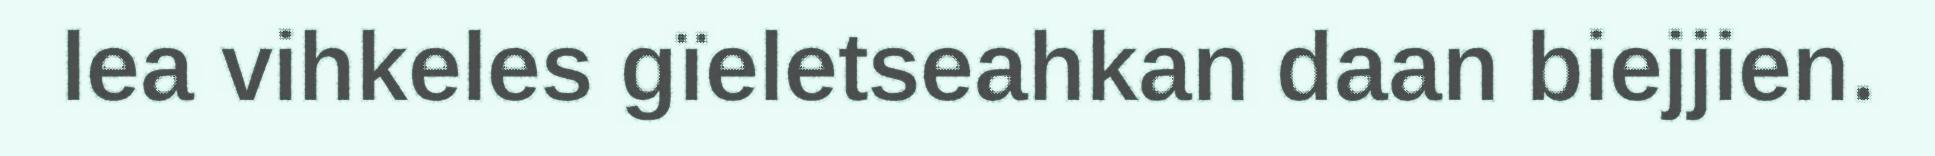
lea vihkeles gïeletseahkan daan biejjien.